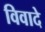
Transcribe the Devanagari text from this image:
विवादे